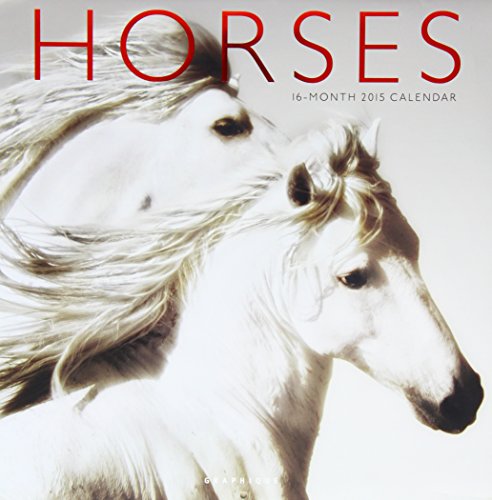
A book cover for Horses 2015 Calendar (Multilingual Edition); Calendars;